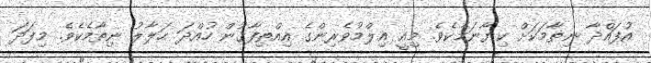
އުފައްދާ ނިޡާމަކަށް ކިޔާނަމެކެވެ. މިއީ ޢިލްމުވެރިންގެ އިއްތިފާޤުން ހުއްދަ ޙަލާލު ނިޡާމެކެވެ. މިފަދަ